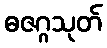
ဓဇဂ္ဂသုတ်